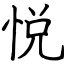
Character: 悦